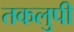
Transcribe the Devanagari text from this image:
तकलुपी